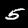
Digit: 5